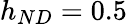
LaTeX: h_{ND}=0.5